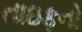
તાઇફનો